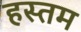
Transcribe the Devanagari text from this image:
हस्तम